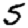
Digit: 5